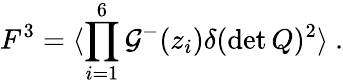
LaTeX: F^{3}=\langle\prod_{i=1}^{6}\mathcal{G}^{-}(z_{i})\delta(\operatorname*{det}Q)^{2}\rangle\ .